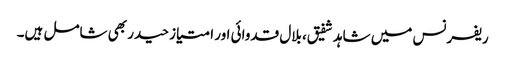
ریفرنس میں شاہد شفیق، بلال قدوائی اور امتیاز حیدر بھی شامل ہیں۔